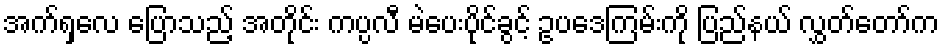
အက်ရှလေ ပြောသည့် အတိုင်း ကပ္ပလီ မဲပေးပိုင်ခွင့် ဥပဒေကြမ်းကို ပြည်နယ် လွှတ်တော်က